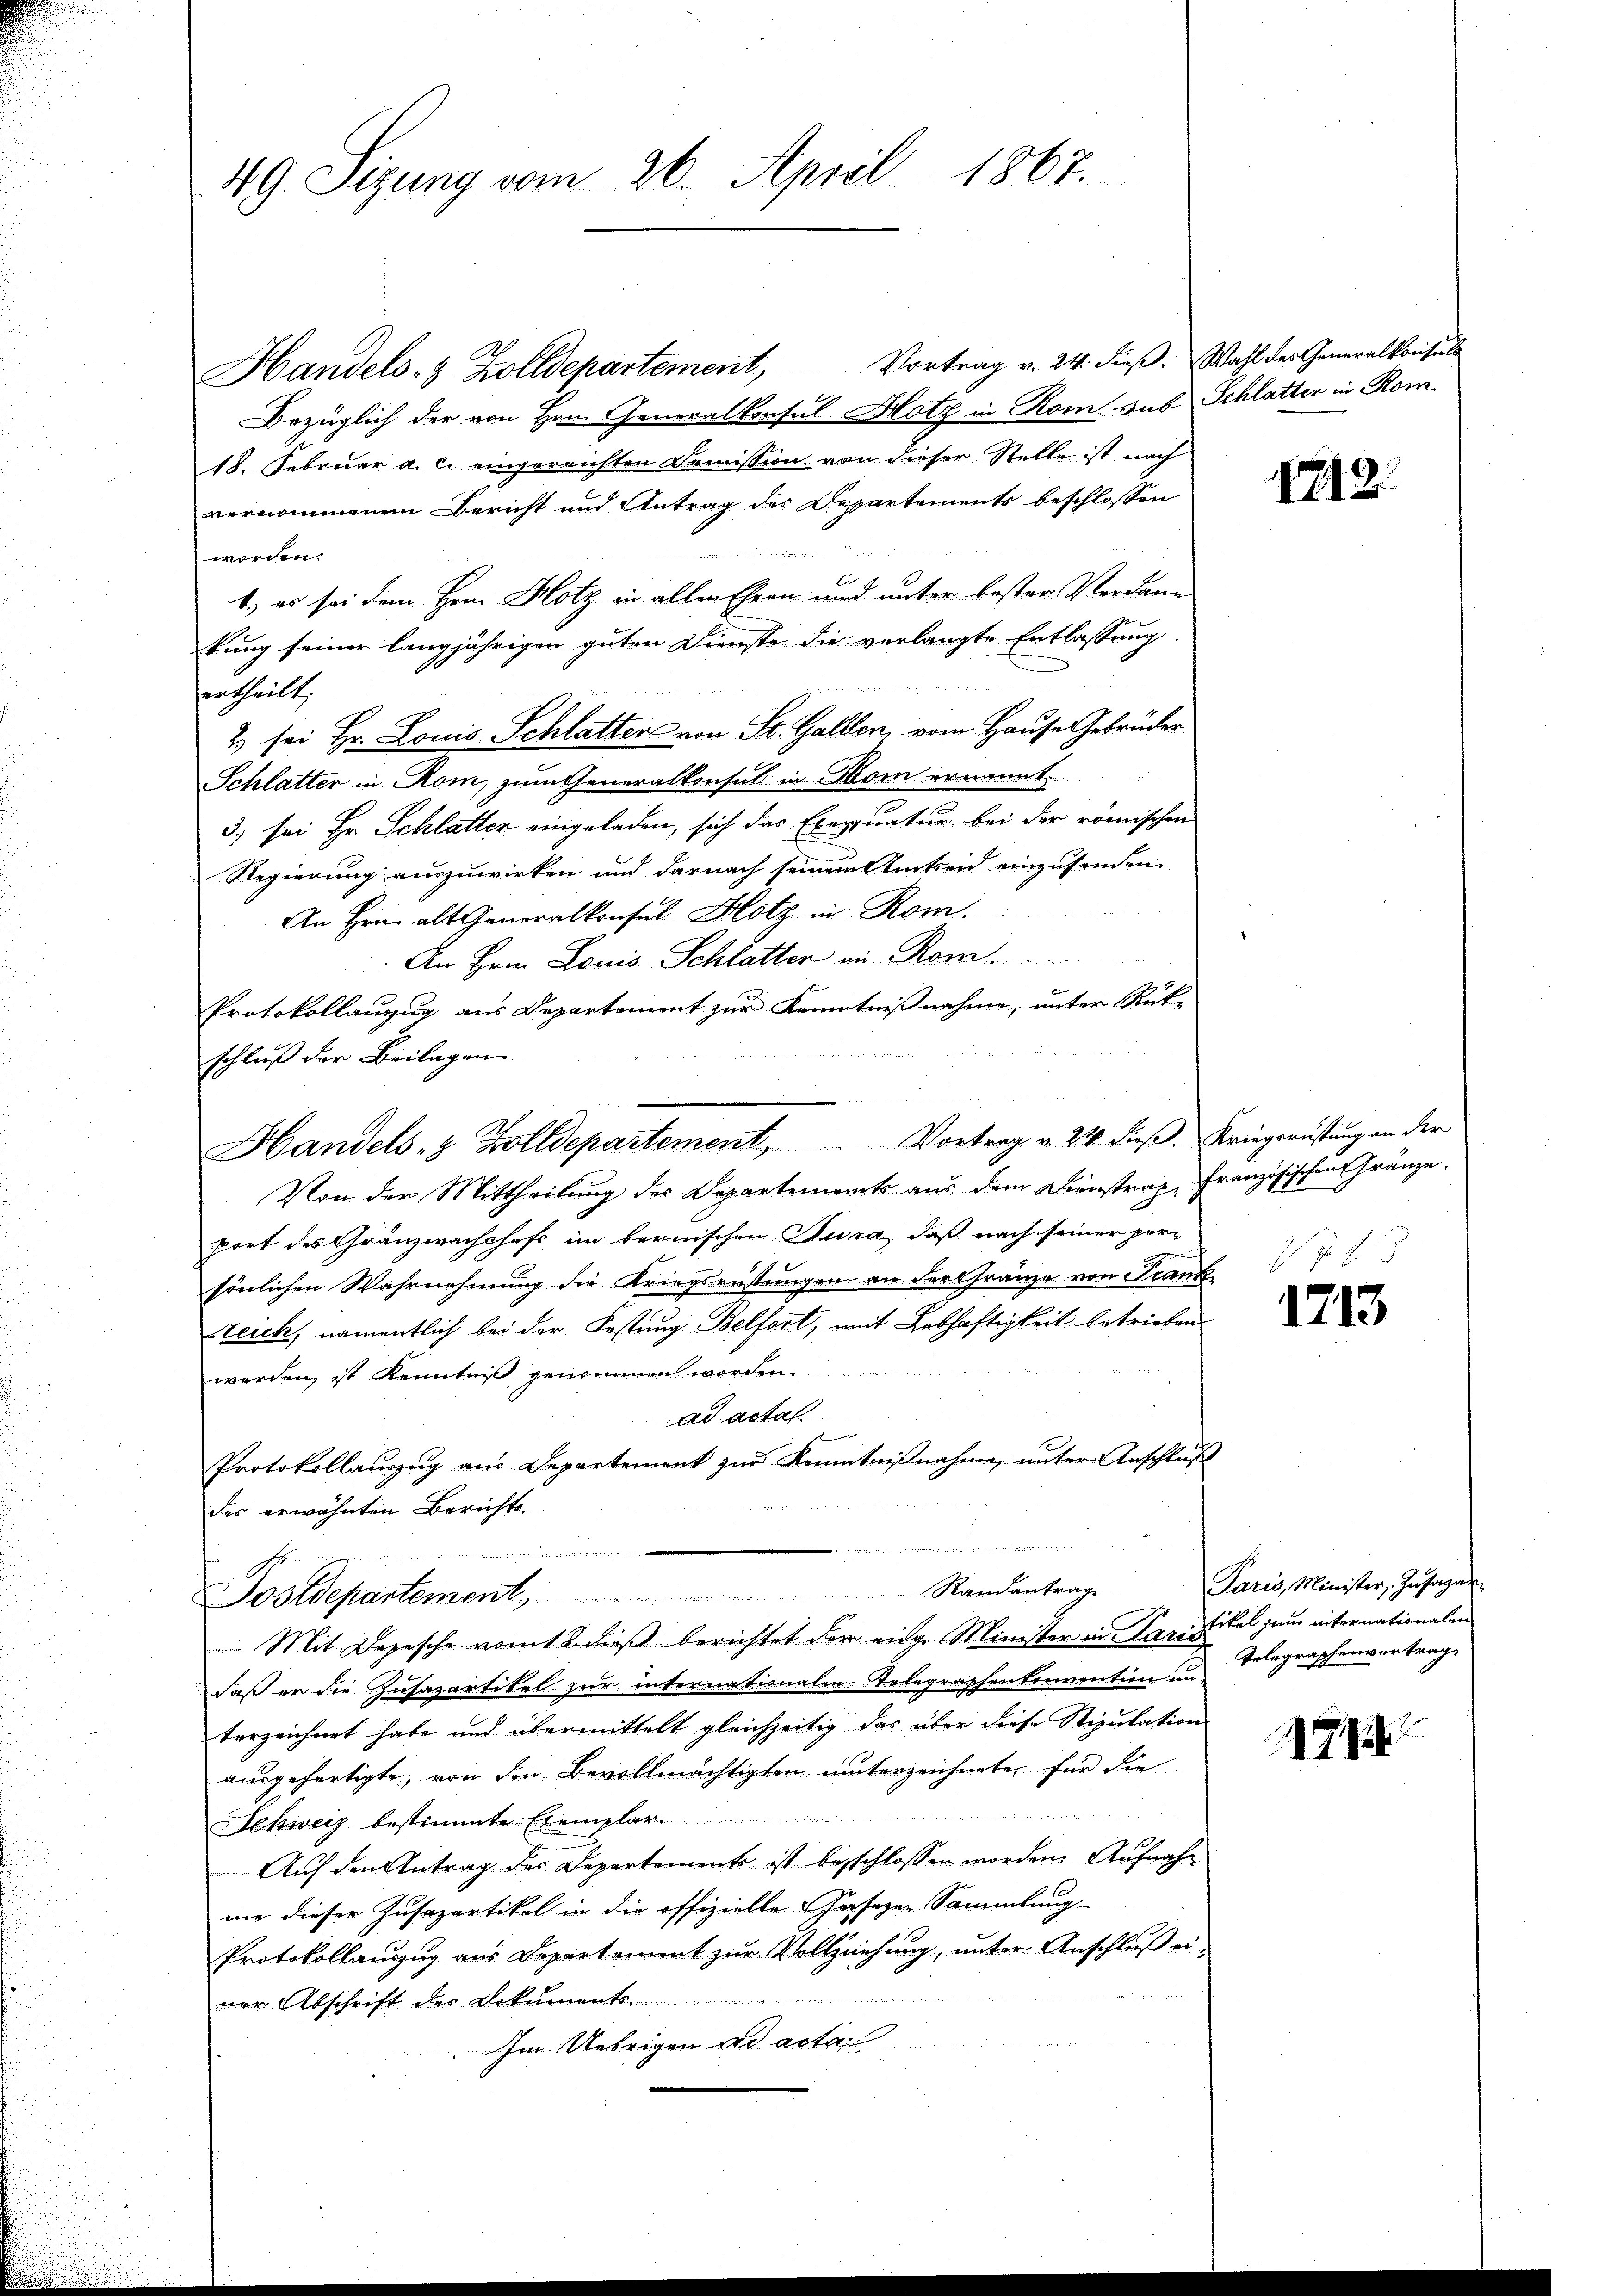
49. Sizung vom 26. April 1867.

Handels- & Zolldepartement, Vortrag v. 24. dieβ. Wahl des Generalkonsule
Bezüglich der von Hrn. Generalkonsul Hotz in Rom sub Schlatter in Rom
18. Februar a. c. eingereichten Demission von dieser Stelle ist nach
vernommenem Bericht und Antrag des Departements beschlossen

worden.
C.
b.) es sei dem Hrn. Hotz in allen Ehren und unter bester Verdann
kung seiner langjährigen guten Dienste die vorlangte Entlassung
ertheilt;
2) sei Hr. Louis Schlatter von St. Gallen, vom Hause Gebrüder
Schlatter in Rom, zum Generalkonsul in Chor ernannt
3) sei Hr. Schlatter eingeladen, sich das Exequatur bei der römischen
Regierung auszuwirken und darnach seinem Amtseid einzusenden
An Hrn. alt Generalkonsul Hotz in Rom
An Hrn. Louis Schlatter an Rom.
Protokollauzug aus Departement zur Kenntnißnahme, unter Rück-

schluß der Beilagen
n
Handels- & Zolldepartement, Vortrag v. 24. dieß. Kriegerüstung an der
Von der Mittheilung des Departements aus dem Dienstraz, Französischen Gränze.
port des Gränzwachchefs im bernischen Tira, daß nach seiner per-
sönlichen Wahrnehmung die Kriegsrüstungen an der Gränze von Frank
Steich, namentlich bei der Festung Belfort, mit Lebhaftigkeit betrieben.
werden, ist Kenntniß genommen worden
ad actal.
Protokollauzug aus Departement zur Kenntnißnahme, unter Anschluß
des erwähnten Berichts-
r

Dostdepartement Randantrage
 Mit Depesche vom 2. dieß berichtet der einge Minister in Paristikel zum internationalen
daß er die Zusazartikel zur internationalen telegraphen Convention un
terzeichnet habe und übermittelt gleichzeitig das über diese Stipulation
ausgefertigte, von den Bevollmächtigten unterzeichnete für die

ehweiz bestimmte Exemplar
Auf den Antrag des Departements ist beschlossen worden. Aufnahnie dieser Zusazartikel in die offizielle Gesezen Sammlung
Protokollauszug aus Departement zur Vollziehung, unter Anschluß ei-
.
ner Abschrift der Dokument
Im Uebrigen ad acta

1212.

17 18

1713

Paris, Minister, Insagan
Telegraphenvertrag

177